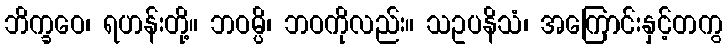
ဘိက္ခဝေ၊ ရဟန်းတို့။ ဘဝမ္ပိ၊ ဘဝကိုလည်း။ သဥပနိသံ၊ အကြောင်းနှင့်တကွ